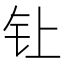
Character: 𰽙